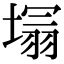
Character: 𭏕